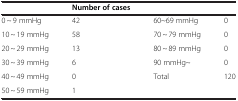
|  | Number of cases |  |  |
 | --- | --- | --- | --- |
 | 0 ~ 9 mmHg | 42 | 60~69 mmHg | 0 |
 | 10 ~ 19 mmHg | 58 | 70 ~ 79 mmHg | 0 |
 | 20 ~ 29 mmHg | 13 | 80 ~ 89 mmHg | 0 |
 | 30 ~ 39 mmHg | 6 | 90 mmHg~ | 0 |
 | 40 ~ 49 mmHg | 0 | Total | 120 |
 | 50 ~ 59 mmHg | 1 |  |  |